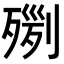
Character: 𣨸